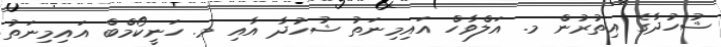
ޝުހުދާގެ އިތުރުން މ. އަލްވާހް އައިމިނަތު ޝުހުދާ އާއި މ. ހަނީކޯމްބް އައިމިނަތު